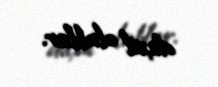
daxil olublar.